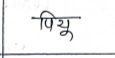
मजकूर: पियू